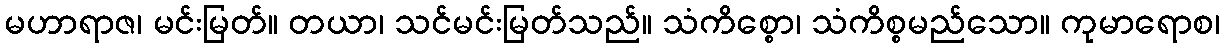
မဟာရာဇ၊ မင်းမြတ်။ တယာ၊ သင်မင်းမြတ်သည်။ သံကိစ္စော၊ သံကိစ္စမည်သော။ ကုမာရောစ၊